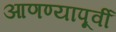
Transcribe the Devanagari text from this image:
आणण्यापूर्वी